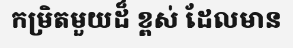
កម្រិតមួយដ៏ ខ្ពស់ ដែលមាន